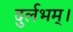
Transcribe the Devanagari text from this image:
दुर्लभम्।